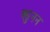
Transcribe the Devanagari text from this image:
क्युनन